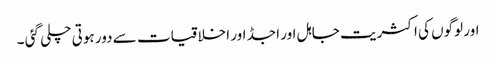
اور لوگوں کی اکثریت جاہل اور اجڈ اور اخلاقیات سے دور ہوتی چلی گئی ۔